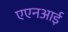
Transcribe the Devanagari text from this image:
एएनआई